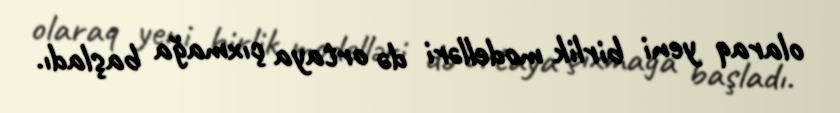
olaraq yeni birlik modelləri də ortaya çıxmağa başladı.